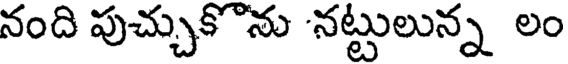
నంది పుచ్చుకొను నట్టులున్న లం